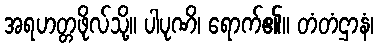
အရဟတ္တဖိုလ်သို့။ ပါပုဏိ၊ ရောက်၏။ တံတံဌာနံ၊